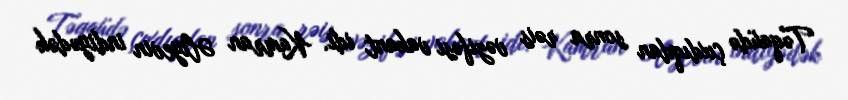
Təqaüdə çıxdıqdan sonra rəis vəzifəsi vakant idi. Kamran Əliyevin indiyədək